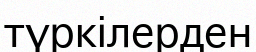
түркілерден